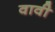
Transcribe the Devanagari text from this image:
वावी